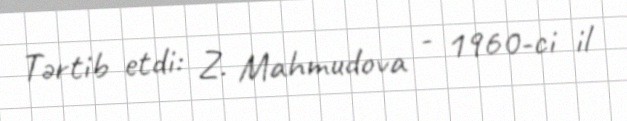
Tərtib etdi: Z. Mahmudova - 1960-ci il